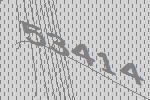
53414